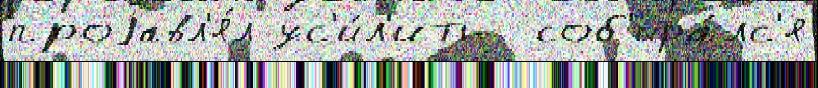
проjавл'я́л ус'и́л'ить  соб'ира́лс'я